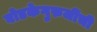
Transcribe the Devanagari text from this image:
घोडकेगुरुजींची